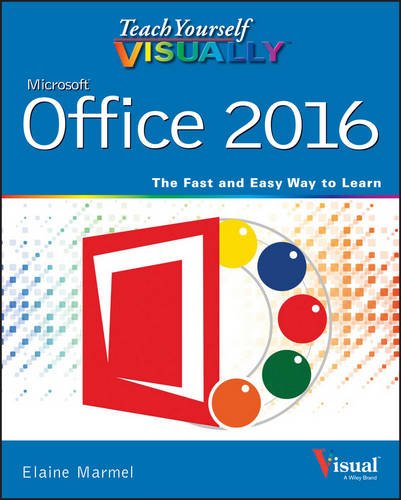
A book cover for Teach Yourself VISUALLY Office 2016 (Teach Yourself VISUALLY (Tech)); Elaine Marmel; Computers & Technology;